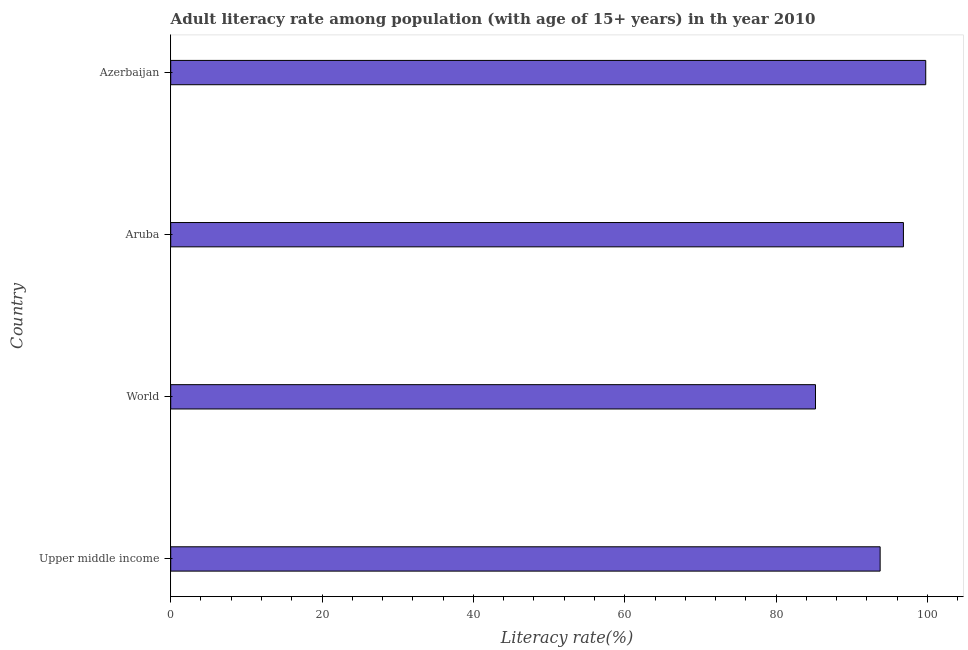
| Country | Adult literacy rate |
 | --- | --- |
 | Upper middle income | 93.7 |
 | World | 85.2 |
 | Aruba | 96.8 |
 | Azerbaijan | 99.8 |